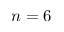
n = 6